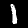
Digit: 1